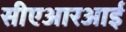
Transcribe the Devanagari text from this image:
सीएआरआई